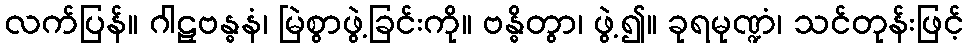
လက်ပြန်။ ဂါဠှဗန္ဓနံ၊ မြဲစွာဖွဲ့ခြင်းကို။ ဗန္ဓိတွာ၊ ဖွဲ့၍။ ခုရမုဏ္ဍံ၊ သင်တုန်းဖြင့်